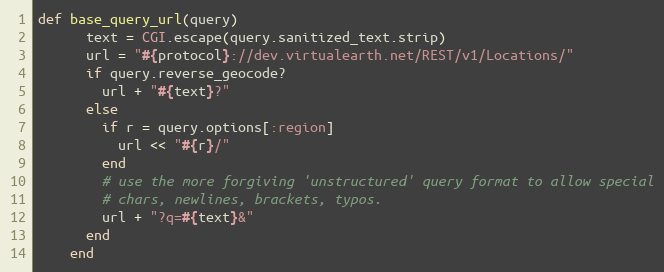
Language: Ruby
def base_query_url(query)
      text = CGI.escape(query.sanitized_text.strip)
      url = "#{protocol}://dev.virtualearth.net/REST/v1/Locations/"
      if query.reverse_geocode?
        url + "#{text}?"
      else
        if r = query.options[:region]
          url << "#{r}/"
        end
        # use the more forgiving 'unstructured' query format to allow special
        # chars, newlines, brackets, typos.
        url + "?q=#{text}&"
      end
    end